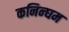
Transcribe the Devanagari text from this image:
कनिन्घम